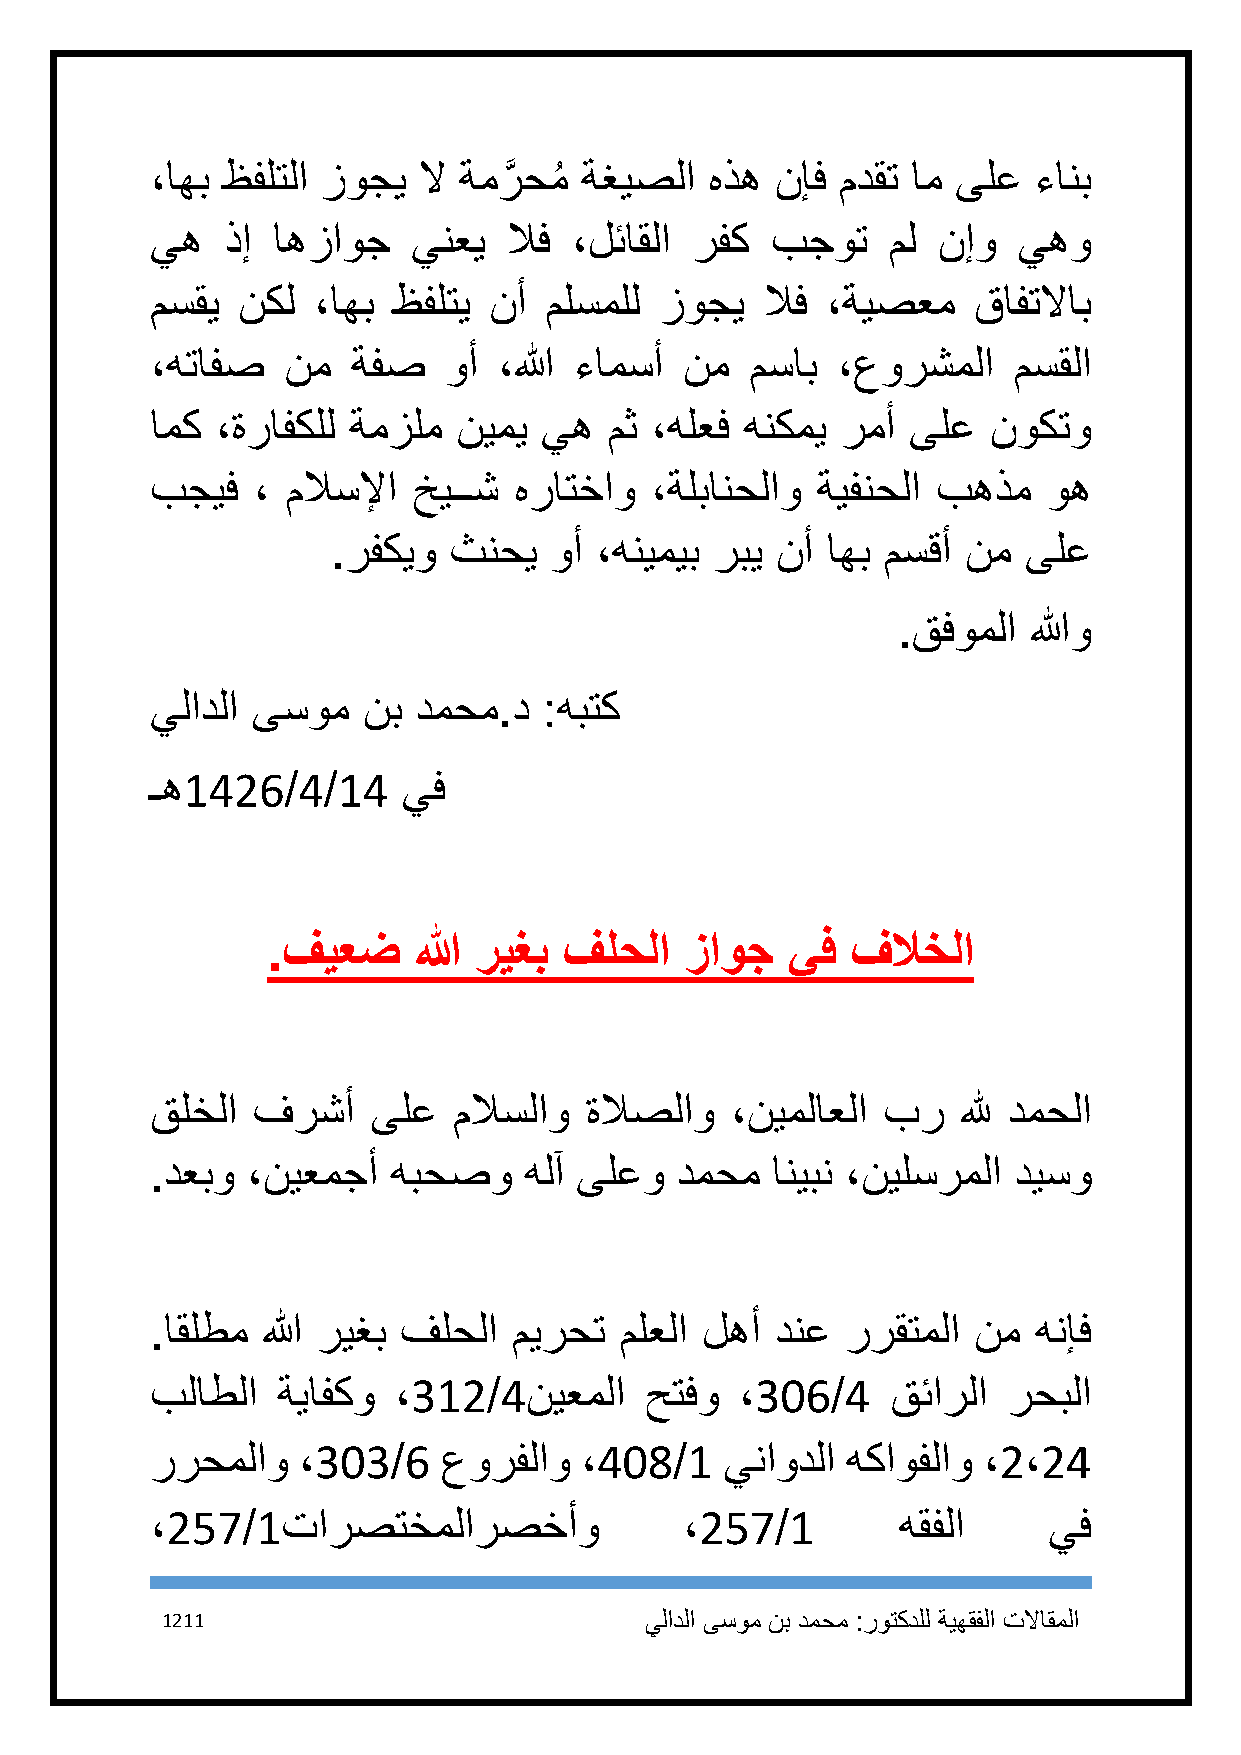
،اهب ظفلتلا زوجي  لا ةمرَّ حمُ ةغيصلا هذه نإف مدقت ام ىلع ءانب
 يه   ذإ اهزاوج   ينعي   لاف ،لئاقلا رفك  بجوت    مل نإو  يهو
 مسقي  نكل  ،اهب ظفلتي نأ  ملسملل  زوجي   لاف ،ةيصعم   قافتلااب
 ،هتافص   نم  ةفص    وأ ،الله ءامسأ نم   مساب ،عورشملا    مسقلا
 امك ،ةرافكلل ةمزلم  نيمي  يه  مث ،هلعف هنكمي  رمأ ىلع   نوكتو
 بجيف   ، ملاسلإا خيــش  هراتخاو  ،ةلبانحلاو ةيفنحلا بهذم   وه
 .رفكيو  ثنحي  وأ ،هنيميب ربي نأ  اهب مسقأ نم  ىلع
 .قفوملا  اللهو
 يلادلا ىسوم   نب دمحم.د   :هبتك
 ـه1426/4/14      يف
 .فيعض    الله ريغب فلحلا   زاوج   يف  فلاخلا
 قلخلا  فرشأ    ىلع  ملاسلاو  ةلاصلاو  ،نيملاعلا بر    لله دمحلا
 .دعبو ،نيعمجأ   هبحصو    هلآ ىلعو  دمحم  انيبن ،نيلسرملا ديسو
 .اقلطم الله ريغب فلحلا  ميرحت  ملعلا لهأ دنع  ررقتملا نم   هنإف
 بلاطلا  ةيافكو  ،312/4نيعملا     حتفو  ،316/4    قئارلا  رحبلا
 ررحملاو   ،313/6   عورفلاو  ،418/1    يناودلا هكاوفلاو ،2،24
 ،257/1تارصتخملارصخأو               ،257/1        هقفلا     يف
 1211                            يلادلا ىسوم نب دمحم :روتكدلل ةيهقفلا تلااقملا